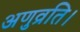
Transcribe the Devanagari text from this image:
अणुव्रति।